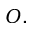
O .